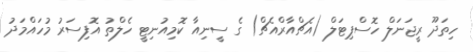
ހިތަދޫ ރީޖަނަލް ހޮސްޕިޓަލް (އެޗްއާރްއެޗް) ގެ ސީނިއާ ކޮމިއުނިޓީ ހެލްތު އޮފިސަރު މުހައްމަދު